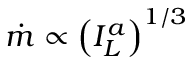
\dot { m } \propto { \left( { I _ { L } ^ { a } } \right) ^ { 1 / 3 } }